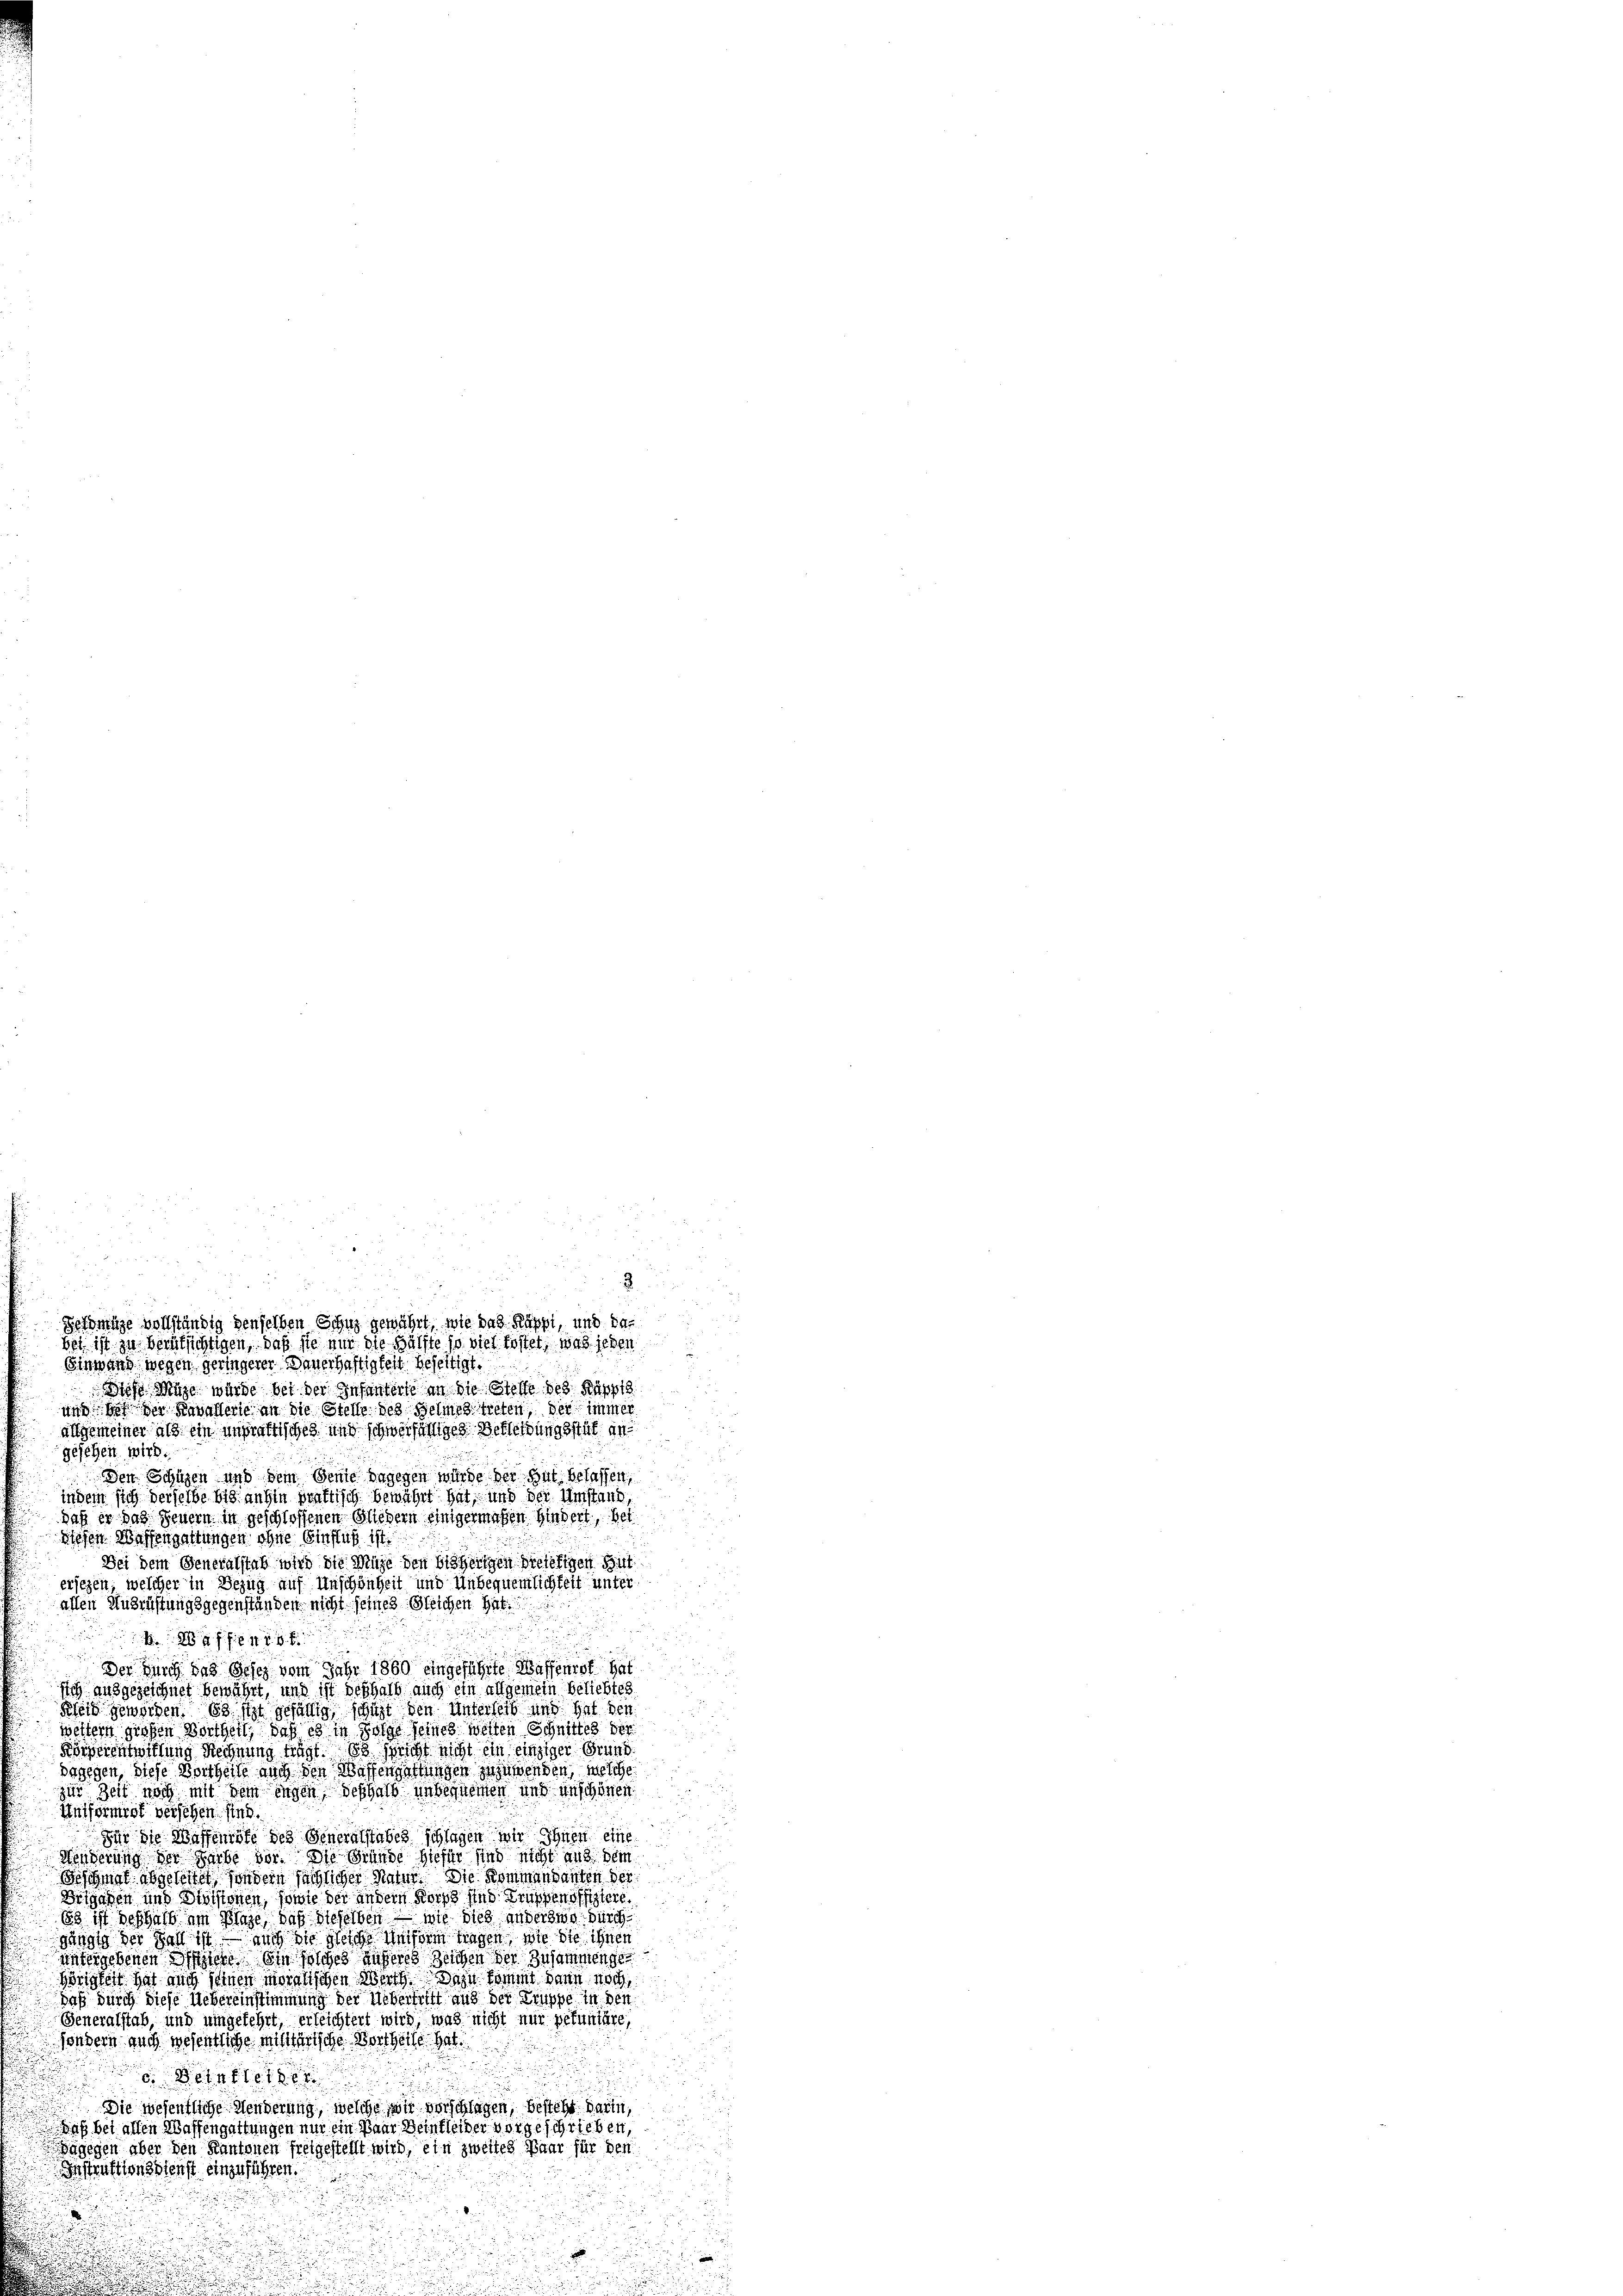
u

2
x
Bermige vollständig denselben Schuz gewährt, wie das Käppi, und dabet ist zu berüksichtigen, daß sie nur die Hälfte so viel kostet, was jeden
Einwand wegen geringerer Dauerhaftigkeit beseitigt.

Diese Möge würde bei der Infanterte an die Stette des Käppi
und des der Kavallerie an die Stelle des Helme treten, der immer
allgemeiner als ein unpraktisches und schwerfälliges Berleidungsstät an
gesehen wird.
Den Schützen und dem Senie dagegen wurde der Gut belassen,
indem sich derselbe bis anhin praktisch bewährt hat, und der Umstand
daß er das Feuern in geschlossenen Gliedern einigermachen hindert, bet
Diesen Waffengattungen ohne Einfluß ist.
Bei dem Generalstab wird die Mühe den bisherigen Breitigen Sit
ersezen, welcher in Bezug auf Anschönheit und Unbequemlichkeit unter
allen Ausrüstungsgegenständen nicht seines Gleichen hat.
u
 284 ff. 44 x
der Durch das Gesez vom Jahr 1860 eingeführte Waffenrot hat
sich ausgezeichnet bewährt, und ist deshalb auch ein allgemein beliebtes
Kleid geworden. Es ist gefällig, schicht den Unterseit und hat den
weitern großen Vortheil, daß es in Folge seines weiten Schnittes ver
Körperentwillung Rechnung trägt. Es spricht nicht ein einziger Grund
begegen, diese Wortheile auch den Wassengattungen zuzuwenden, welche
zur Zeit noch mit dem Ingen deshalb unbequemen und unschönen
Antformrot versehen sind.
ä
Für die Waffenröfe des Generalstabes Splügen wir Ihnen eine
Henderung der Farbe vor. Die Gründe hiefür sind nicht aus dem
Beschaft abgesetzet, sondern sächlicher Natur. Die Kommandanten der
Beigaben und Divisionen, sowie der andern Korps sind Gruppenoffistere
83 ist deshalb im Plaze, daß dieselben — wie dies anderswo durch
gängig der Fall ist auch die Gesche Misern tragen, wie sie ihnen
untergebenen Offiziers ein solches anferes Zeichen der Zusammenge
Geistet hat auch seinen moralischen Werth. Dazu kommt dann noch
Daß durch diese Uebereinstimmung der Uebertritt aus der Truppe in den
Generalstab, und umgekehrt, erleichtert wird, was nicht nur petentaire,
sondern auch wesentliche Militärische Bortheile hat.
 Deta
d
Die wesentliche Menderung, welche wir vorschlagen, besteht darin,
Daß bei allen Waffengattungen nur ein Paar Beinkleider vorgeschrieben,
dagegen aber den Kantonen freigestellt wird, ein zweites Paar für den
Instruktionsstenst einzuführen.

n
.